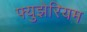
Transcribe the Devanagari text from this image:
फ्युझेरियम